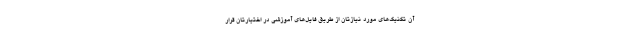
آن تکنیک‌های مورد نیازتان از طریق فایل‌های آموزشی در اختیارتان قرار